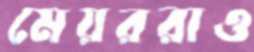
মেয়ররাও